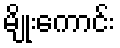
မျိုးကောင်း